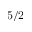
5 / 2